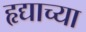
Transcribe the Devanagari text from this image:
हृद्याच्या